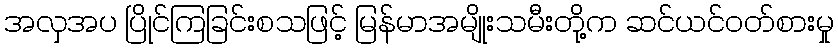
အလှအပ ပြိုင်ကြခြင်းစသဖြင့် မြန်မာအမျိုးသမီးတို့က ဆင်ယင်ဝတ်စားမှု